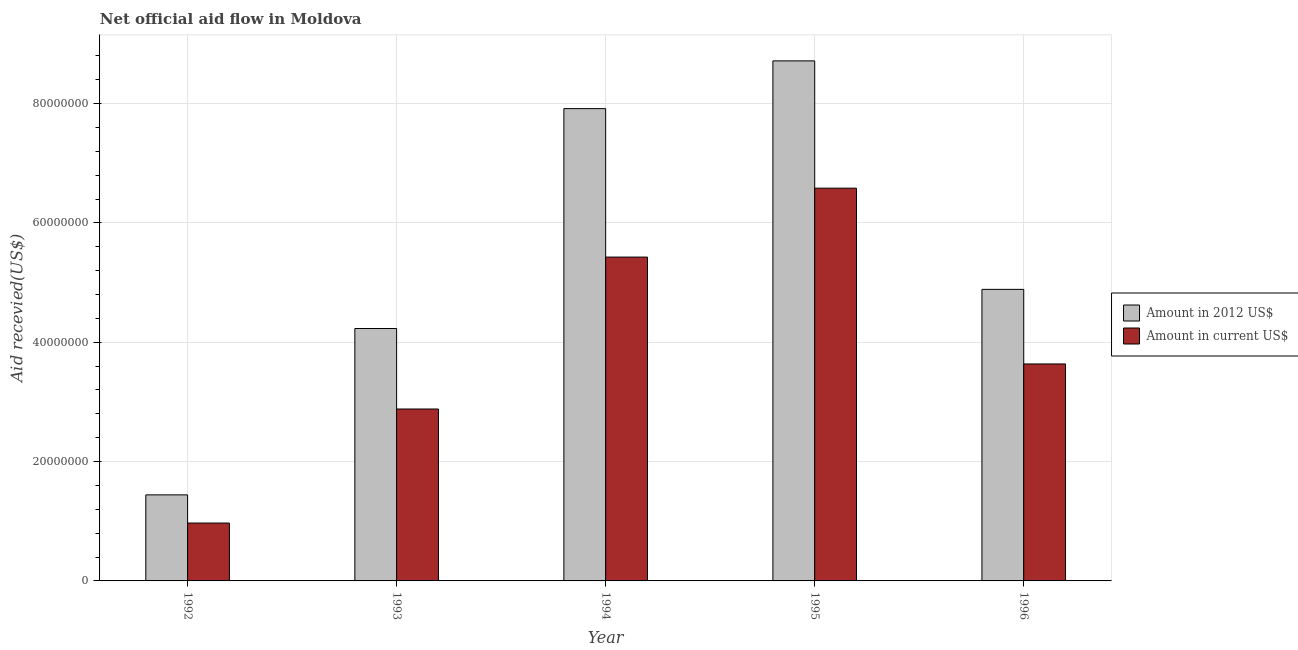
| Year | Amount in 2012 US$ | Amount in current US$ |
 | --- | --- | --- |
 | 1992 | 1.44e+07 | 9.7e+06 |
 | 1993 | 4.23e+07 | 2.88e+07 |
 | 1994 | 7.92e+07 | 5.43e+07 |
 | 1995 | 8.72e+07 | 6.58e+07 |
 | 1996 | 4.89e+07 | 3.64e+07 |